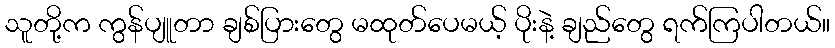
သူတို့က ကွန်ပျူတာ ချစ်ပြားတွေ မထုတ်ပေမယ့် ပိုးနဲ့ ချည်တွေ ရက်ကြပါတယ်။